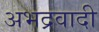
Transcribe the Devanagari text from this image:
अभद्रवादी